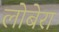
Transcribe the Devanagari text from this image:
लोबेरा